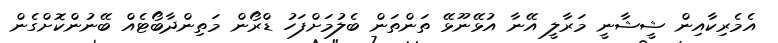
އެމެރިކާއިން ޝީޝާނީ މަރާލީ އޭނާ އުޅޭނޫޅޭ ތަންތަން ބެލުމަށްފަހު ޑްރޯން މަތިންދާބޯޓެއް ބޭނުންކޮށްގެން